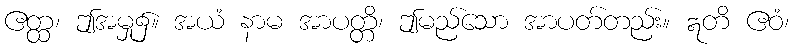
ဧတ္ထ၊ ဤအမှု၌။ အယံ နာမ အာပတ္တိ၊ ဤမည်သော အာပတ်တည်း။ ဣတိ ဧဝံ၊